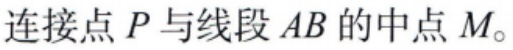
连接点 \(P\) 与线段 \(AB\) 的中点 \(M\)。